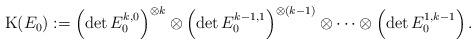
LaTeX: \begin{align*}\mathrm{K}(E_0) := \left(\mathrm{det}\,E^{k,0}_0\right)^{\otimes k} \otimes \left(\mathrm{det}\,E^{k-1,1}_0\right)^{\otimes (k-1)} \otimes \dots \otimes \left(\mathrm{det}\,E^{1,k-1}_0\right).\end{align*}